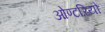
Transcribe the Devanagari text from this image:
ओण्टरियो